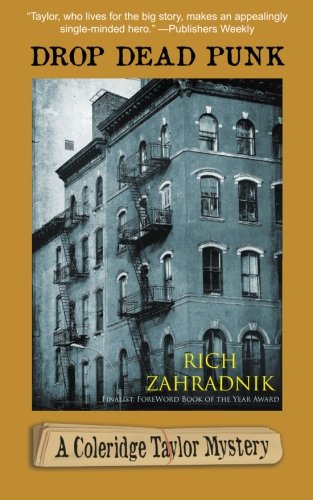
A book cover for Drop Dead Punk (Coleridge Taylor Mystery); Rich Zahradnik; Mystery, Thriller & Suspense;